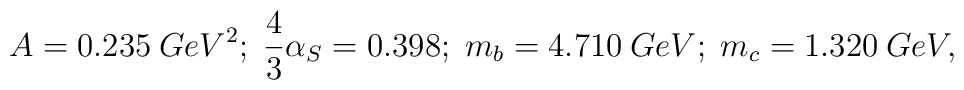
A = 0.235 \: GeV^{2}; \; \frac{4}{3} \alpha_{S} = 0.398; \; m_{b} = 4.710 \: GeV; \; m_{c} = 1.320 \: GeV,